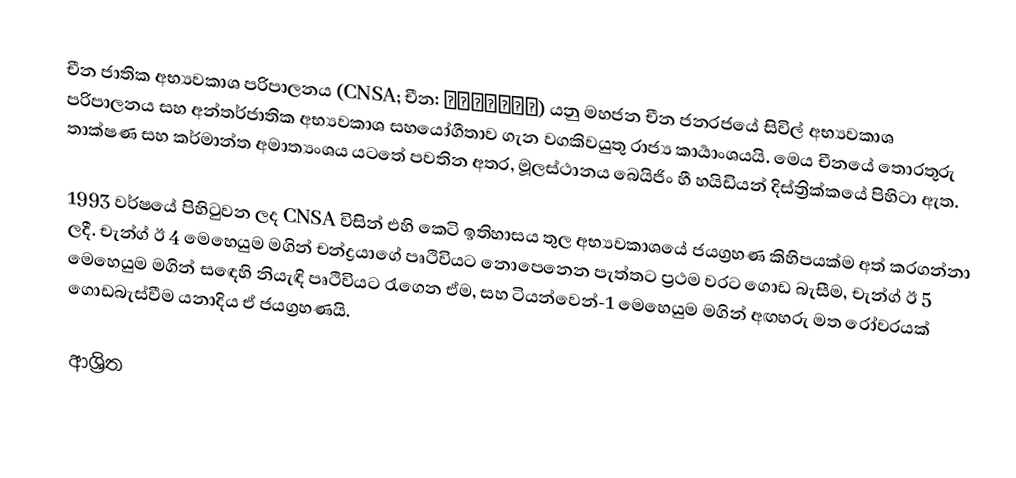
චීන ජාතික අභ්‍යවකාශ පරිපාලනය (CNSA; චීන: 中国国家航天局) යනු මහජන චීන ජනරජයේ සිවිල් අභ්‍යවකාශ පරිපාලනය සහ අන්තර්ජාතික අභ්‍යවකාශ සහයෝගීතාව ගැන වගකිවයුතු රාජ්‍ය කාර්‍යාංශයයි. මෙය චීනයේ තොරතුරු තාක්ෂණ සහ කර්මාන්ත අමාත්‍යංශය යටතේ පවතින අතර, මූලස්ථානය බෙයිජිං හී හයිඩියන් දිස්ත්‍රික්කයේ පිහිටා ඇත.

1993 වර්ෂයේ පිහිටුවන ලද CNSA විසින් එහි කෙටි ඉතිහාසය තුල අභ්‍යවකාශයේ ජයග්‍රහණ කිහිපයක්ම අත් කරගන්නා ලදී. චැන්ග් ඊ 4 මෙහෙයුම මගින් චන්ද්‍රයාගේ පෘථිවියට නොපෙනෙන පැත්තට ප්‍රථම වරට ගොඩ බැසීම, චැන්ග් ඊ 5 මෙහෙයුම මගින් සඳෙහි නියැඳි පෘථිවියට රැගෙන ඒම, සහ ටියන්වෙන්-1 මෙහෙයුම මගින් අඟහරු මත රෝවරයක් ගොඩබැස්වීම යනාදිය ඒ ජයග්‍රහණයි.

ආශ්‍රිත